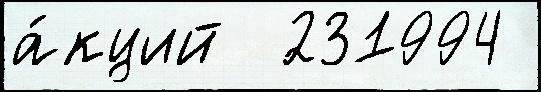
а́кций  231994